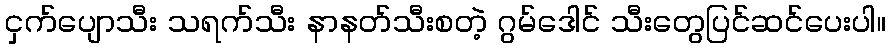
ငှက်ပျောသီး သရက်သီး နာနတ်သီးစတဲ့ ဂွမ်ဒေါင် သီးတွေပြင်ဆင်ပေးပါ။